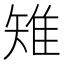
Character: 雉